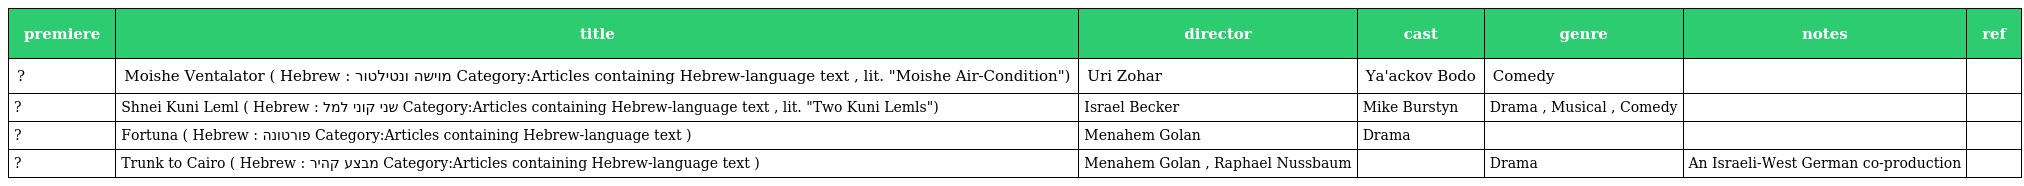
| premiere | title | director | cast | genre | notes | ref |
 | --- | --- | --- | --- | --- | --- | --- |
 | ? | Moishe Ventalator ( Hebrew : מוישה ונטילטור Category:Articles containing Hebrew-language text , lit. "Moishe Air-Condition") | Uri Zohar | Ya'ackov Bodo | Comedy |  |  |
 | ? | Shnei Kuni Leml ( Hebrew : שני קוני למל Category:Articles containing Hebrew-language text , lit. "Two Kuni Lemls") | Israel Becker | Mike Burstyn | Drama , Musical , Comedy |  |  |
 | ? | Fortuna ( Hebrew : פורטונה Category:Articles containing Hebrew-language text ) | Menahem Golan | Drama |  |  |  |
 | ? | Trunk to Cairo ( Hebrew : מבצע קהיר Category:Articles containing Hebrew-language text ) | Menahem Golan , Raphael Nussbaum |  | Drama | An Israeli-West German co-production |  |